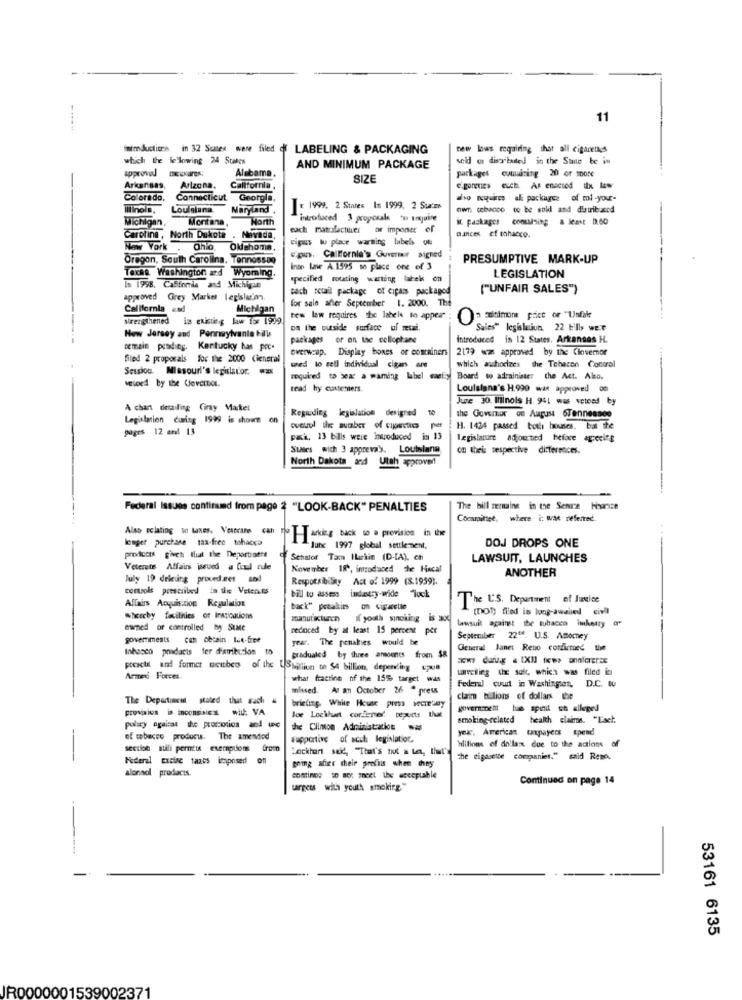
11
nemductices in 32 Suates were filed of LABELING & PACKAGING
new laws requiring that all cigarettes
which the following 24 States
seld os distributed in the Sune te in
Alabama.
AND MINIMUM PACKAGE
packages containing 20 of sDone
SIZE
Arkansas, Arizona,
Arkansas,
California.
e'gorenes euch. As enacted tx -w
Colorado, Connecticut Georgia,
Colorado,
do requires al packages of mi -your-
Tilinois,
Louisiana
Maryland".
= 1999, 2 States In 1999. 2 SuiEs
own. tobacco to be soll and distributed
Michigan,
Montana
North
Introduced 3 proposals "s imjuine
it. packages containing a least 0.60
each manufacturer or imponer of
dances cf mharco.
Caroline, North Dukote
. Nevada,
cipus lu place warming lubels ou
New York.
Ohio
Obchoma.
Oregon, South Carolina, Tonnosson
pin, California's Guverner signed
PRESUMPTIVE MARK-UP
inte lane A.1595 so place one of 3
LEGISLATION
Texas Washington æd Wyoming.
specified rotating wanting latek on
In 1998, California and Michigan
tach retail package of cipais packaged
("UNFAIR SALES")
approved
Grey Market legisla'm
California end
Michigan
for sale after September 1. 2000. The
strengthened
in existing law for 1999
tew law requires the labels to apper ;
0
Cultimoms price or "Unfair
DA the outside surface uf metal.
Sales" legislaciun. 22 bills wer
New Jersey and Pennsylvanie bills
packages
of on the cellophane
Introduced in 12 States, Arkansas H.
cemais prading. Kentucky has poc-
overwzap. Display bones or containers
2179 wz approved by the Clovernor
filed 2 proposals for the 2000 Cieneral
which auhorizes the Tobacco Control
Session. Missouri's legislator. was
sed lo zell individual cigars ame
required to bea a waming label wasfiy
Board to adrainister the Act. Also,
read hy customers.
Louisiana's H.990 was approved om
June 30. Illinois H. 941 was vetoed by
A chant detailing Ciray Markel
Regarding legislation designed 10
Legislation curing 1999 is shows on
the Governor on August 6Tennessee
pages 12 and 13
H. 1434 passed both houses, but the
pai. 13 bills were introduced in 13
Legislature adjourned before agrecife
Sties wich 3 apprevay. Louisların
North Dakota and Utah approved!
Federal Issues continued from page 2 "LOOK-BACK" PENALTIES
The bill genuine in the Senne Hiharice
Cocamittet, where i was referred.
Also relating to Lines. Vestrans can
Tackizz back to a provision in the
longer purchase tax-free tohacca
DOJ DROPS ONE
June 1997 global settlement.
process givet that the Deportisets Of Senator Tam ILarkin (D-[A), ch
LAWSUIT, LAUNCHES
Veterete Affairs issued a fioul rule
November 18, introduced de Hincal
ANOTHER
July 19 dekung prixed.zes sod
Responsibility Act of 1999 (8.1959).
controls prescribed in thee Velenuts
Affairs Acquisition Regulation
bill to assess industry-wide lock
The U.S. Department of Justice
back" petalies on cigarette
(not) filed is long-awaited civil
whereby facilities or Instications
manutkturen if youth singking is axc
owned of controlled by State
reduced by at least 15 percent per
lawsuit against the tobacco imketry o
governments con decain Lut-free
year. The penales would be
September 2208. U.S. Attorney
Inhasco poidacis ter distribution to
General Janet Reno confirmed the
graduated by three anmounts from $8
pocictil and former weitbes of the USbillion to $4 billion, depending upon
unveiling the soft, which was filed in
Armed Forces.
what fraction of the 15%% target was
missed. At an October 26 - press
Federal court in Washinges, D.C. W0
The Departaneul stated that wach #
briefing. White House press NeCTEDmy
claim billions of dollars the
provision is inconsises mit: VA
government bus spinit se alleged
Joe Lockhart corfcner reports that
smoking-related health claims. "Esel.
the Clinton Administration was
yex. American taxpayers spend
-
of tobacco products. The amended
supportive of acch legislation.
hlilions of dallax due to the actions of
section sulli permits exemptions from
Lockhart said, "That's it a ten, that's
Federal Excise taxes imposed on
going after their profiis when they
the eigasette companies." said Renes.
alonsol prodacts.
contines to not meet the acceptable
Continued on page 14
targets wilh youth smoking."
-
53161 6135
IR0000001539002371